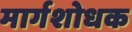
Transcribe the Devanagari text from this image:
मार्गशोधक